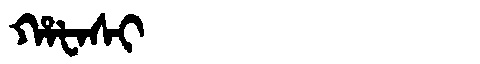
Manchu: ᡥᠠᡶᠠᠰᡳ
Romanization: HAFASI